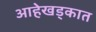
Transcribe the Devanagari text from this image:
आहेखड्कात